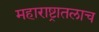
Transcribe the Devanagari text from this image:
महाराष्ट्रातलाच